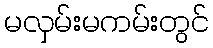
မလှမ်းမကမ်းတွင်